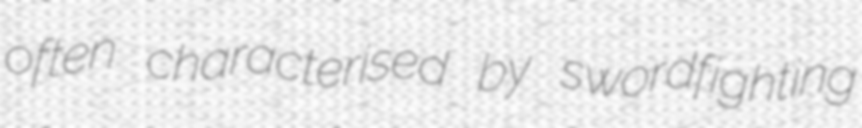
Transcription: often characterised by swordfighting